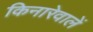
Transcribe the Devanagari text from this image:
किनारेवालें